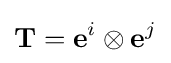
\mathbf {T} =\mathbf {e} ^{i}\otimes \mathbf {e} ^{j}